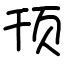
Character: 顸